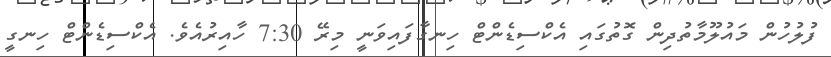
ފުލުހުން މައުލޫމާތުދިން ގޮތުގައި އެކްސިޑެންޓް ހިނގާފައިވަނީ މިރޭ 7:30 ހާއިރުއެވެ. އެކްސިޑެންޓް ހިނގީ